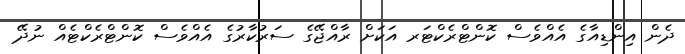
ދެން އިންޑިއާގެ އެއްވެސް ކޮންޓްރެކްޓަރ އަކަށް ރާއްޖޭގެ ސަރުކާރުގެ އެއްވެސް ކޮންޓްރެކްޓެއް ނުދޭ